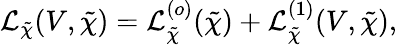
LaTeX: \begin{array}{l}{{\displaystyle{\cal L}_{\tilde{\chi}}(V,\tilde{\chi})={\cal L}_{\tilde{\chi}}^{(o)}({\tilde{\chi}})+{\cal L}_{\tilde{\chi}}^{(1)}(V,{\tilde{\chi}}),}}\end{array}